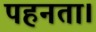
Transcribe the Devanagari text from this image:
पहनता।